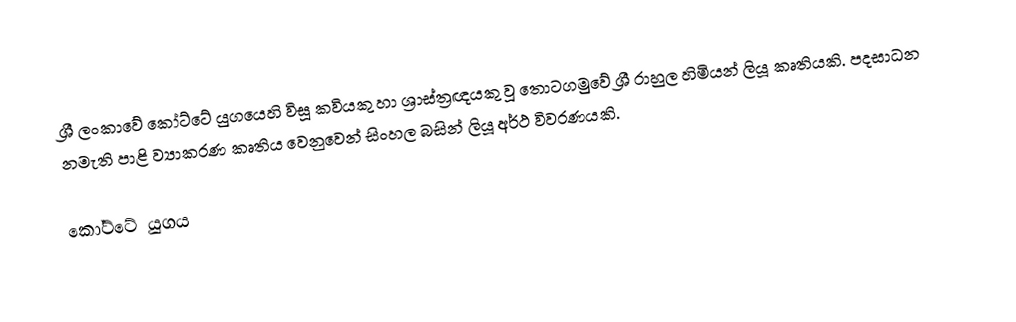
ශ්‍රී ලංකාවේ කෝට්ටේ යුගයෙහි විසූ කවියකු හා ශ්‍රාස්ත්‍රඥයකු වූ තොටගමුවේ ශ්‍රී රාහුල හිමියන් ලියූ කෘතියකි. පදසාධන නමැති පාළි ව්‍යාකරණ කෘතිය වෙනුවෙන් සිංහල බසින් ලියූ අර්ථ විවරණයකි.

කෝට්ටේ යුගය